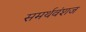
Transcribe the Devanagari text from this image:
समर्थवंशज